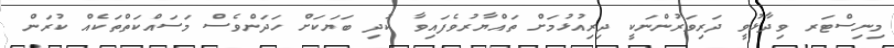
މިނިސްޓަރ ވިދާޅުވީ ދަރިވަރުންނަކީ ދިރިއުޅުމަށް ތައްޔާރުވެފައިވާ ކުދި ބަޔަކަށް ހަދަންވެސް މަސައްކަތްތަކެއް ކުރަން